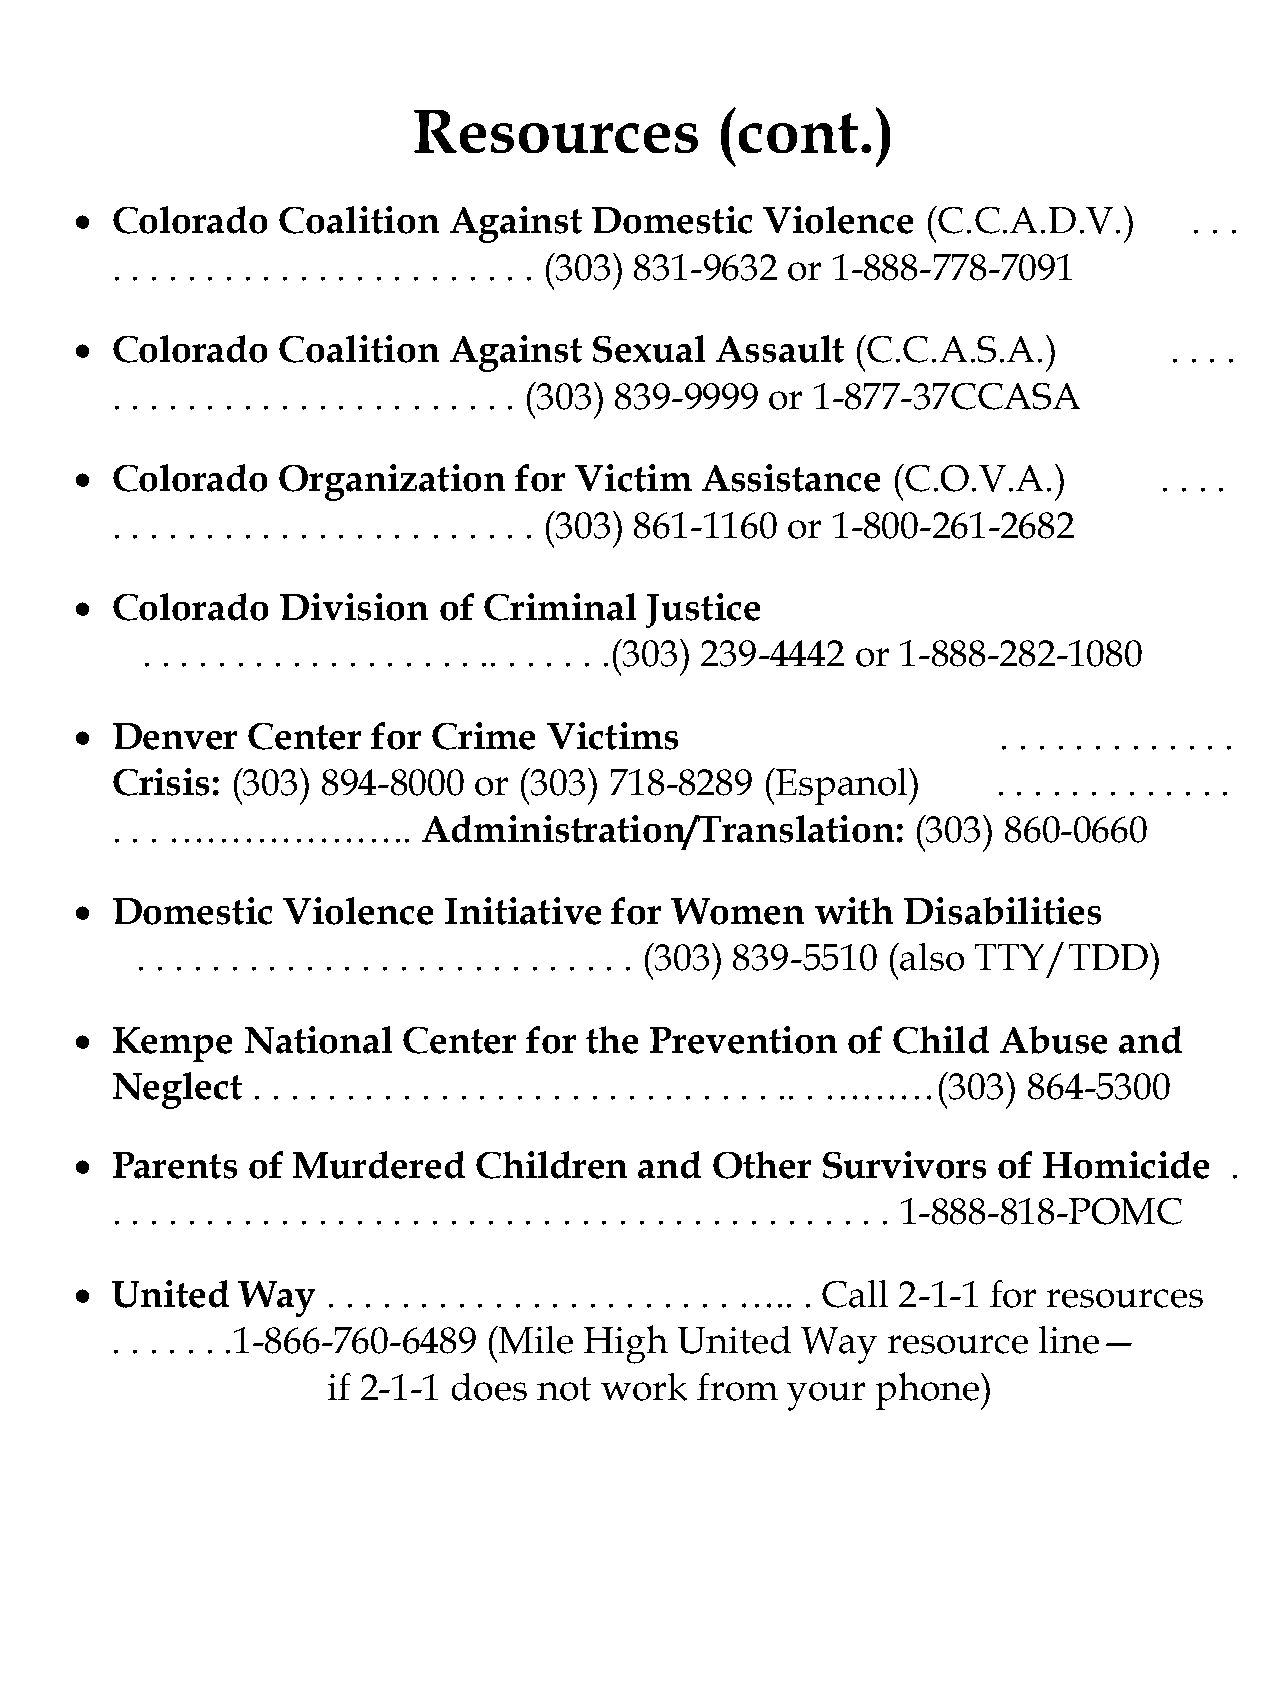
Resources           (cont.)
  Colorado   Coalition   Against  Domestic    Violence  (C.C.A.D.V.)      . . .
 . . . . . . . . . . . . . . . . . . . . . . . (303) 831-9632 or 1-888-778-7091
  Colorado   Coalition   Against  Sexual  Assault   (C.C.A.S.A.)        . . . .
 . . . . . . . . . . . . . . . . . . . . . . (303) 839-9999 or 1-877-37CCASA
  Colorado   Organization    for Victim  Assistance   (C.O.V.A.)        . . . .
 . . . . . . . . . . . . . . . . . . . . . . . (303) 861-1160 or 1-800-261-2682
  Colorado   Division   of Criminal   Justice
 . . . . . . . . . . . . . . . . . . .. . . . . . .(303) 239-4442 or 1-888-282-1080
  Denver   Center   for Crime  Victims                       . . . . . . . . . . . . .
 Crisis: (303) 894-8000  or (303) 718-8289  (Espanol)       . . . . . . . . . . . . .
 . . . ………………..       Administration/Translation:     (303) 860-0660
  Domestic    Violence  Initiative  for Women    with  Disabilities
 . . . . . . . . . . . . . . . . . . . . . . . . . . . (303) 839-5510 (also TTY/TDD)
  Kempe    National   Center  for the Prevention   of Child  Abuse   and
 Neglect   . . . . . . . . . . . . . . . . . . . . . . . . . . . . .. . ………(303) 864-5300
  Parents  of Murdered    Children   and  Other  Survivors   of Homicide    .
 . . . . . . . . . . . . . . . . . . . . . . . . . . . . . . . . . . . . . . . . . . 1-888-818-POMC
  United   Way   . . . . . . . . . . . . . . . . . . . . . . ….. . Call 2-1-1 for resources
 . . . . . . .1-866-760-6489 (Mile High United Way   resource  line—
 if 2-1-1 does not work  from  your  phone)